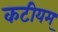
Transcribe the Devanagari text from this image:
कटीयम्